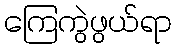
ကြေကွဲဖွယ်ရာ